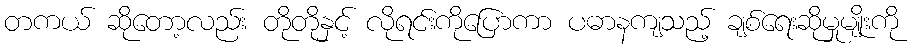
တကယ် ဆိုတော့လည်း တိုတိုနှင့် လိုရင်းကိုပြောကာ ပဓာနကျသည့် ချစ်ရေးဆိုမှုမျိုးကို